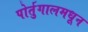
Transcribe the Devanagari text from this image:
पोर्तुगालमधून